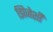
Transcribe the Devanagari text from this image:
झिजेशी